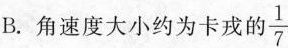
B.角速度大小约为卡戎的\frac{1}{7}